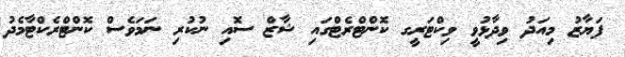
ފަޔާޒު މިއަދު ވިދާޅުވީ ވިކްޓަރީގ ކޮންޓްރެޓްގައި ޝާޒް ސޮއި ނުކުރި ނަމަވެސް ކޮންޓްރެކްޓާމެދު